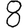
Digit: 8